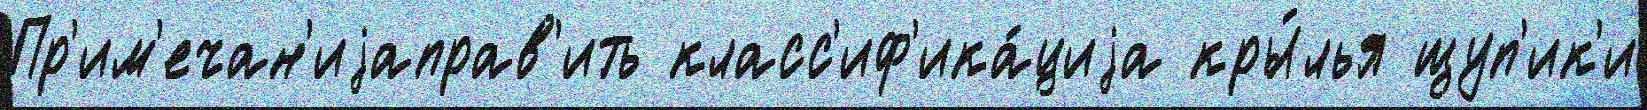
Пр'им'ечан'иjаправ'ить класс'иф'ика́циjа кры́лья щуп'ик'и